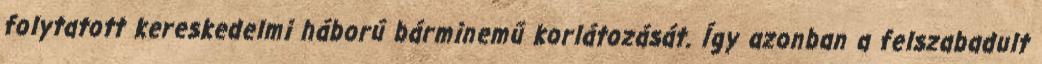
folytatott kereskedelmi háború bárminemű korlátozását. Így azonban a felszabadult